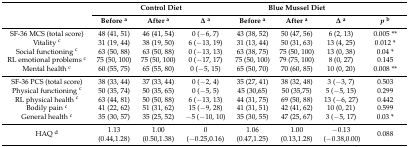
<table><thead><tr><td rowspan="2"></td><td colspan="3"><b>Control Diet</b></td><td colspan="3"><b>Blue Mussel Diet</b></td><td></td></tr><tr><td><b>Before <sup>a</sup></b></td><td><b>After <sup>a</sup></b></td><td><b>Δ <sup>a</sup></b></td><td><b>Before <sup>a</sup></b></td><td><b>After <sup>a</sup></b></td><td><b>Δ <sup>a</sup></b></td><td><b><i>p</i><sup>b</sup></b></td></tr></thead><tbody><tr><td>SF-36 MCS (total score)</td><td>48 (41, 51)</td><td>46 (41, 54)</td><td>0 (−6, 7)</td><td>43 (38, 52)</td><td>50 (47, 56)</td><td>6 (2, 13)</td><td>0.005 **</td></tr><tr><td>Vitality <sup>c</sup></td><td>31 (19, 44)</td><td>38 (19, 50)</td><td>6 (−13, 19)</td><td>31 (13, 44)</td><td>50 (31, 63)</td><td>13 (4, 25)</td><td>0.012 *</td></tr><tr><td>Social functioning <sup>c</sup></td><td>63 (50, 88)</td><td>63 (50, 88)</td><td>0 (−13, 13)</td><td>63 (38, 75)</td><td>75 (50, 100)</td><td>13 (0, 38)</td><td>0.04 *</td></tr><tr><td>RL emotional problems <sup>c</sup></td><td>75 (50, 100)</td><td>75 (50, 100)</td><td>0 (−17, 17)</td><td>75 (50, 100)</td><td>79 (75, 100)</td><td>8 (0, 27)</td><td>0.145</td></tr><tr><td>Mental health <sup>c</sup></td><td>60 (55, 75)</td><td>65 (55, 80)</td><td>0 (−5, 15)</td><td>65 (50, 70)</td><td>70 (60, 85)</td><td>10 (0, 20)</td><td>0.008 **</td></tr><tr><td>SF-36 PCS (total score)</td><td>38 (33, 44)</td><td>37 (33, 44)</td><td>0 (−2, 4)</td><td>35 (27, 41)</td><td>38 (32, 48)</td><td>3 (−3, 7)</td><td>0.503</td></tr><tr><td>Physical functioning <sup>c</sup></td><td>50 (35, 74)</td><td>50 (35, 65)</td><td>0 (−5, 5)</td><td>45 (30,65)</td><td>50 (35,75)</td><td>5 (−5, 15)</td><td>0.299</td></tr><tr><td>RL physical health <sup>c</sup></td><td>63 (44, 81)</td><td>50 (50, 88)</td><td>6 (−13, 13)</td><td>44 (31, 75)</td><td>69 (50, 88)</td><td>13 (−6, 27)</td><td>0.442</td></tr><tr><td>Bodily pain <sup>c</sup></td><td>41 (22, 62)</td><td>51 (31, 62)</td><td>15 (−9, 28)</td><td>41 (31, 51)</td><td>42 (41, 62)</td><td>10 (0, 21)</td><td>0.599</td></tr><tr><td>General health <sup>c</sup></td><td>35 (30, 57)</td><td>35 (25, 52)</td><td>−5 (−10, 10)</td><td>35 (30, 55)</td><td>47 (25, 67)</td><td>3 (−5, 17)</td><td>0.03 *</td></tr><tr><td>HAQ <sup>d</sup></td><td>1.13 (0.44,1.28)</td><td>1.00 (0.50,1.38)</td><td>0 (−0.25,0.16)</td><td>1.06 (0.47,1.25)</td><td>1.00 (0.13,1.28)</td><td>−0.13 (−0.38,0.00)</td><td>0.088</td></tr></tbody></table>